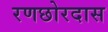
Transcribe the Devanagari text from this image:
रणछोरदास